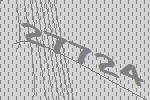
27724